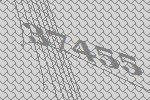
37455